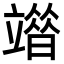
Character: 𥪶